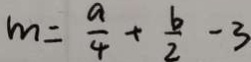
m = \frac { a } { 4 } + \frac { b } { 2 } - 3